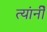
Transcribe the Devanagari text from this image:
त्यांनीेे